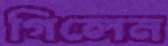
গিলেন